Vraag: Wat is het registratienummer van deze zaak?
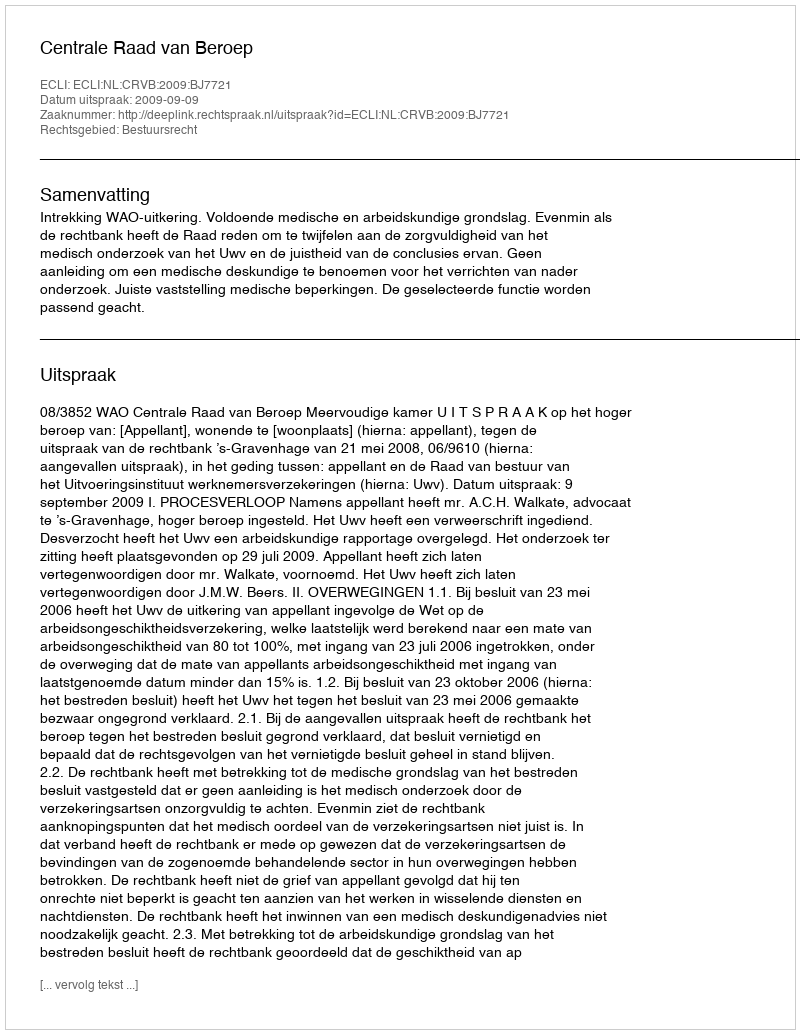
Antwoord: http://deeplink.rechtspraak.nl/uitspraak?id=ECLI:NL:CRVB:2009:BJ7721